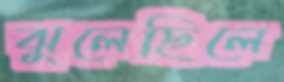
ঝুলেছিলে